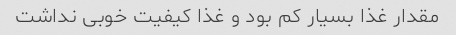
مقدار غذا بسیار کم بود و غذا کیفیت خوبى نداشت